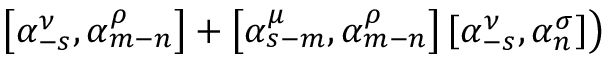
\left. \left[ { \alpha } _ { - s } ^ { \nu } , { \alpha } _ { m - n } ^ { \rho } \right] + \left[ { \alpha } _ { s - m } ^ { \mu } , { \alpha } _ { m - n } ^ { \rho } \right] \left[ { \alpha } _ { - s } ^ { \nu } , { \alpha } _ { n } ^ { \sigma } \right] \right)